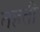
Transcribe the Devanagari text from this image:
तहती